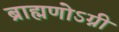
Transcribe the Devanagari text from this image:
ब्राह्मणोऽग्नी